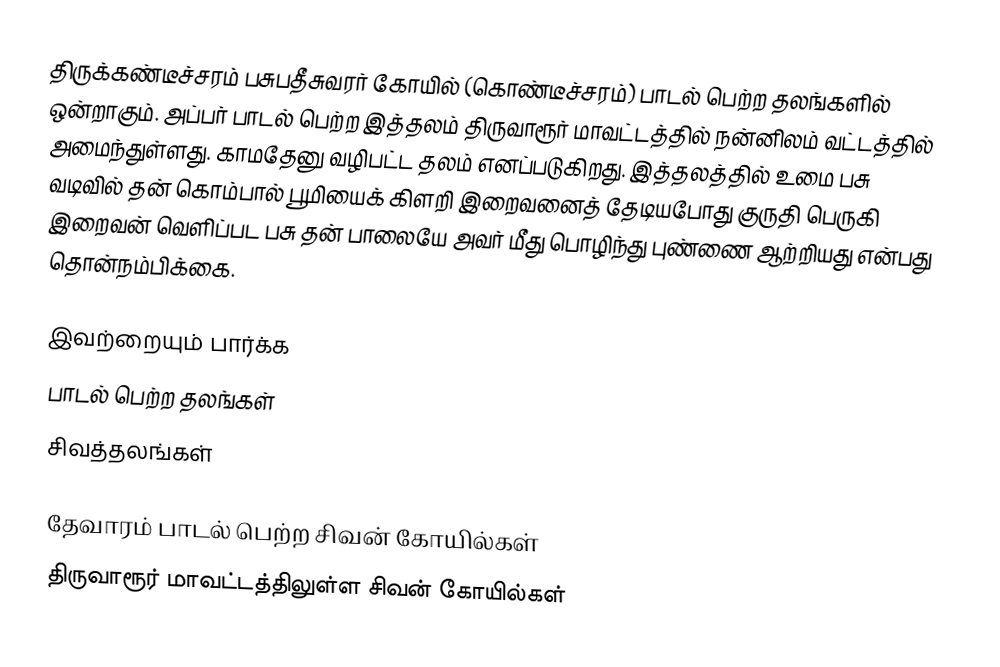
திருக்கண்டீச்சரம் பசுபதீசுவரர் கோயில் (கொண்டீச்சரம்) பாடல் பெற்ற தலங்களில் ஒன்றாகும். அப்பர் பாடல் பெற்ற இத்தலம் திருவாரூர் மாவட்டத்தில்  நன்னிலம் வட்டத்தில் அமைந்துள்ளது. காமதேனு வழிபட்ட தலம் எனப்படுகிறது. இத்தலத்தில் உமை பசு வடிவில் தன் கொம்பால் பூமியைக் கிளறி இறைவனைத் தேடியபோது குருதி பெருகி இறைவன் வெளிப்பட பசு தன் பாலையே அவர் மீது பொழிந்து புண்ணை ஆற்றியது என்பது தொன்நம்பிக்கை.

இவற்றையும் பார்க்க
 பாடல் பெற்ற தலங்கள்
 சிவத்தலங்கள்

தேவாரம் பாடல் பெற்ற சிவன் கோயில்கள்
திருவாரூர் மாவட்டத்திலுள்ள சிவன் கோயில்கள்